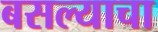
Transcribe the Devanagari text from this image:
बसल्याचा